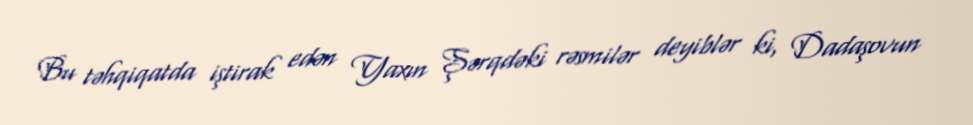
Bu təhqiqatda iştirak edən Yaxın Şərqdəki rəsmilər deyiblər ki, Dadaşovun